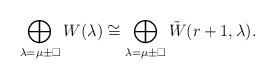
LaTeX: \begin{align*} \bigoplus_{\lambda = \mu\pm\square} W(\lambda) \cong \bigoplus_{\lambda = \mu\pm\square} \tilde W(r+1, \lambda). \end{align*}